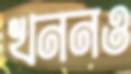
খননও